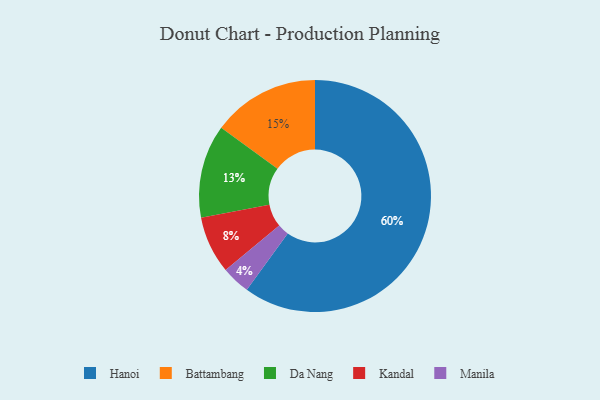
{"axis": {"x": "Category", "y": "Percentage"}, "legend": ["Battambang", "Da Nang", "Hanoi", "Kandal", "Manila"], "data": [{"x": "Battambang", "y": 15, "type": "Battambang"}, {"x": "Kandal", "y": 8, "type": "Kandal"}, {"x": "Da Nang", "y": 13, "type": "Da Nang"}, {"x": "Hanoi", "y": 60, "type": "Hanoi"}, {"x": "Manila", "y": 4, "type": "Manila"}]}